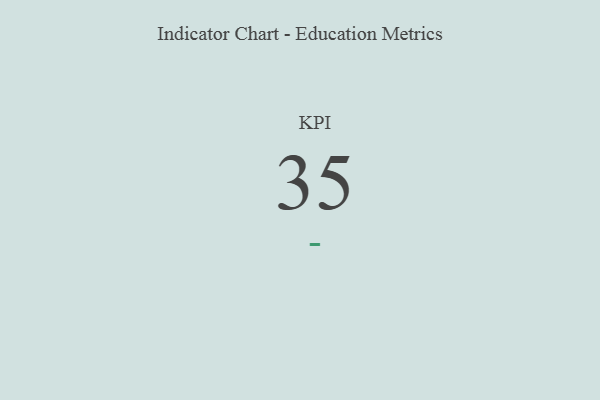
{"axis": {"x": "KPI", "y": "Value"}, "legend": [""], "data": [{"x": "KPI", "y": 35, "type": ""}]}